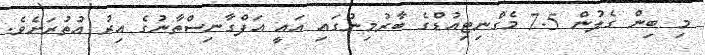
މި ބިން ގެލުން 7.5 މެގްނިޓިއުޑްގެ ބާރުމިނުގައި އައީ އަފްގާނިސްތާނުގެ އިރު އުތުރަށެވެ.